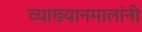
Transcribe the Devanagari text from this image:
व्याख्यानमालांनी